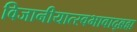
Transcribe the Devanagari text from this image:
विजानीयात्स्वभावाद्ब्रह्म